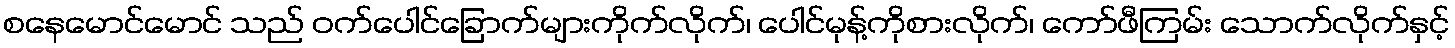
စနေမောင်မောင် သည် ဝက်ပေါင်ခြောက်များကိုက်လိုက်၊ ပေါင်မုန့်ကိုစားလိုက်၊ ကော်ဖီကြမ်း သောက်လိုက်နှင့်